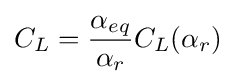
C_{L}={\frac {\alpha _{eq}}{\alpha _{r}}}C_{L}(\alpha _{r})